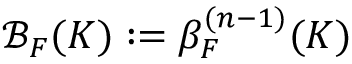
\mathcal { B } _ { F } ( K ) \mathrel { \mathop : } = \beta _ { F } ^ { ( n - 1 ) } ( K )